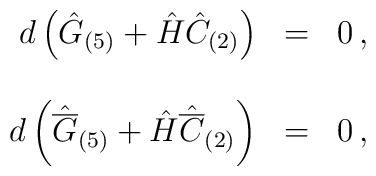
\begin{array}{rcl}d\left(\hat{G}_{(5)} +\hat{H}\hat{C}_{(2)}\right) & = & 0\, ,\\& & \\d\left(\hat{\overline{G}}_{(5)} +\hat{H}\hat{\overline{C}}_{(2)}\right) & = & 0\, ,\\\end{array}